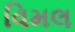
વિમલ